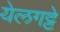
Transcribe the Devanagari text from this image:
येलगट्टे